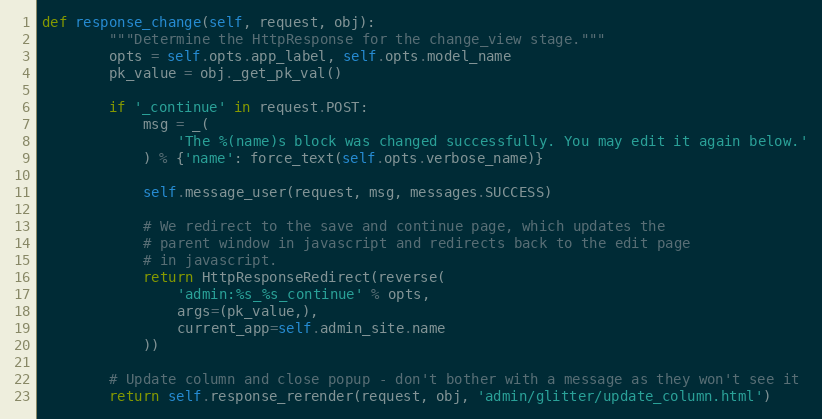
Language: Python
def response_change(self, request, obj):
        """Determine the HttpResponse for the change_view stage."""
        opts = self.opts.app_label, self.opts.model_name
        pk_value = obj._get_pk_val()

        if '_continue' in request.POST:
            msg = _(
                'The %(name)s block was changed successfully. You may edit it again below.'
            ) % {'name': force_text(self.opts.verbose_name)}

            self.message_user(request, msg, messages.SUCCESS)

            # We redirect to the save and continue page, which updates the
            # parent window in javascript and redirects back to the edit page
            # in javascript.
            return HttpResponseRedirect(reverse(
                'admin:%s_%s_continue' % opts,
                args=(pk_value,),
                current_app=self.admin_site.name
            ))

        # Update column and close popup - don't bother with a message as they won't see it
        return self.response_rerender(request, obj, 'admin/glitter/update_column.html')